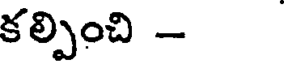
కల్పించి -